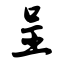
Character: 呈